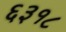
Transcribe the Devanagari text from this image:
६३१८